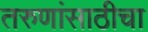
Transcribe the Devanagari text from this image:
तरुणांसाठीचा